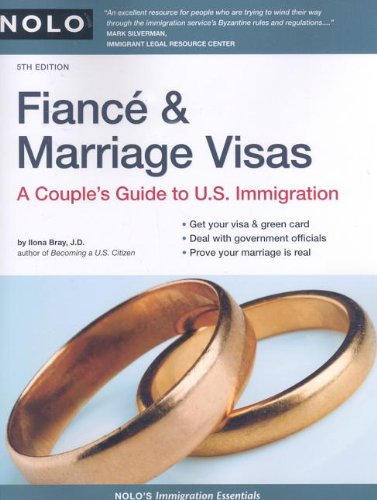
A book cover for Fiance & Marriage Visas: A Couple's Guide to U.S. Immigration; Ilona Bray J.D.; Law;